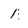
Character: 1